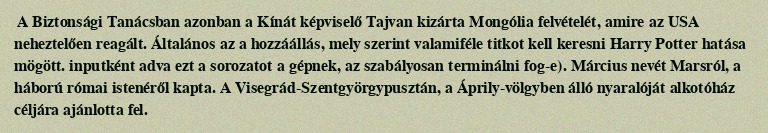
A Biztonsági Tanácsban azonban a Kínát képviselő Tajvan kizárta Mongólia felvételét, amire az USA neheztelően reagált. Általános az a hozzáállás, mely szerint valamiféle titkot kell keresni Harry Potter hatása mögött. inputként adva ezt a sorozatot a gépnek, az szabályosan terminálni fog-e). Március nevét Marsról, a háború római istenéről kapta. A Visegrád-Szentgyörgypusztán, a Áprily-völgyben álló nyaralóját alkotóház céljára ajánlotta fel.